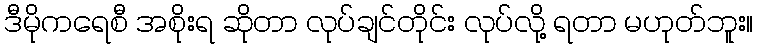
ဒီမိုကရေစီ အစိုးရ ဆိုတာ လုပ်ချင်တိုင်း လုပ်လို့ ရတာ မဟုတ်ဘူး။